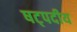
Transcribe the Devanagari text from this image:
षट्पदीय